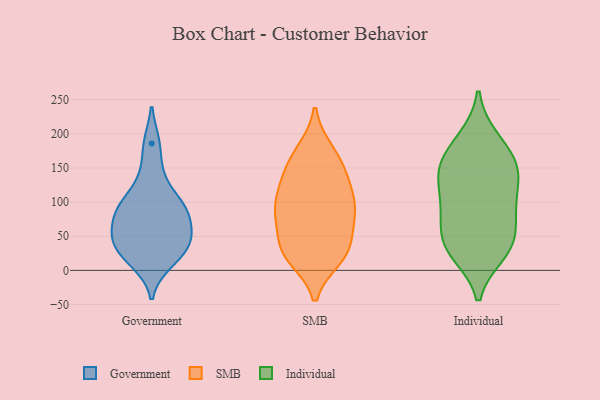
{"axis": {"x": "Market Share (%)", "y": "Value"}, "legend": ["Government", "Individual", "SMB"], "data": [{"x": "", "y": 88, "type": "Government"}, {"x": "", "y": 103, "type": "Government"}, {"x": "", "y": 52, "type": "Government"}, {"x": "", "y": 85, "type": "Government"}, {"x": "", "y": 45, "type": "Government"}, {"x": "", "y": 36, "type": "Government"}, {"x": "", "y": 89, "type": "Government"}, {"x": "", "y": 21, "type": "Government"}, {"x": "", "y": 186, "type": "Government"}, {"x": "", "y": 54, "type": "Government"}, {"x": "", "y": 139, "type": "Government"}, {"x": "", "y": 11, "type": "Government"}, {"x": "", "y": 28, "type": "SMB"}, {"x": "", "y": 145, "type": "SMB"}, {"x": "", "y": 69, "type": "SMB"}, {"x": "", "y": 94, "type": "SMB"}, {"x": "", "y": 112, "type": "SMB"}, {"x": "", "y": 18, "type": "SMB"}, {"x": "", "y": 176, "type": "SMB"}, {"x": "", "y": 91, "type": "SMB"}, {"x": "", "y": 25, "type": "SMB"}, {"x": "", "y": 18, "type": "SMB"}, {"x": "", "y": 75, "type": "SMB"}, {"x": "", "y": 174, "type": "SMB"}, {"x": "", "y": 92, "type": "SMB"}, {"x": "", "y": 155, "type": "SMB"}, {"x": "", "y": 130, "type": "SMB"}, {"x": "", "y": 43, "type": "SMB"}, {"x": "", "y": 87, "type": "SMB"}, {"x": "", "y": 33, "type": "SMB"}, {"x": "", "y": 131, "type": "SMB"}, {"x": "", "y": 150, "type": "Individual"}, {"x": "", "y": 144, "type": "Individual"}, {"x": "", "y": 39, "type": "Individual"}, {"x": "", "y": 123, "type": "Individual"}, {"x": "", "y": 46, "type": "Individual"}, {"x": "", "y": 70, "type": "Individual"}, {"x": "", "y": 157, "type": "Individual"}, {"x": "", "y": 77, "type": "Individual"}, {"x": "", "y": 30, "type": "Individual"}, {"x": "", "y": 83, "type": "Individual"}, {"x": "", "y": 27, "type": "Individual"}, {"x": "", "y": 24, "type": "Individual"}, {"x": "", "y": 192, "type": "Individual"}, {"x": "", "y": 107, "type": "Individual"}, {"x": "", "y": 160, "type": "Individual"}, {"x": "", "y": 194, "type": "Individual"}, {"x": "", "y": 148, "type": "Individual"}, {"x": "", "y": 104, "type": "Individual"}]}